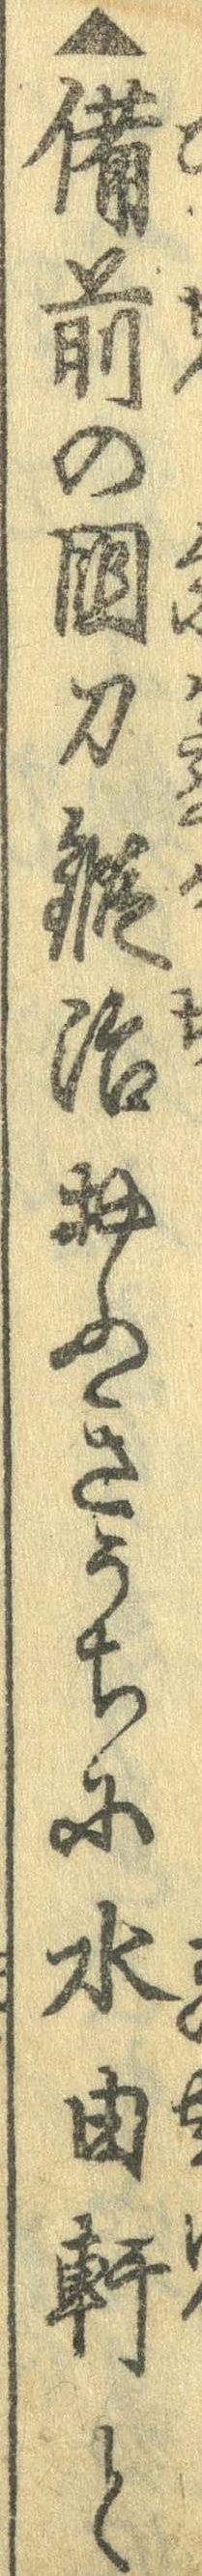
▲備前の国刀鍛治おふきうちに水由軒と